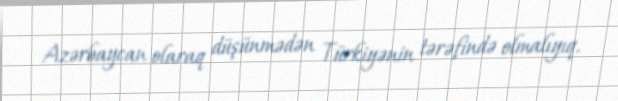
Azərbaycan olaraq düşünmədən Türkiyənin tərəfində olmalıyıq.